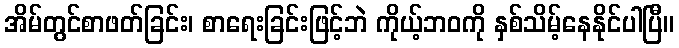
အိမ်တွင်စာဖတ်ခြင်း၊ စာရေးခြင်းဖြင့်ဘဲ ကိုယ့်ဘဝကို နှစ်သိမ့်နေနိုင်ပါပြီ။